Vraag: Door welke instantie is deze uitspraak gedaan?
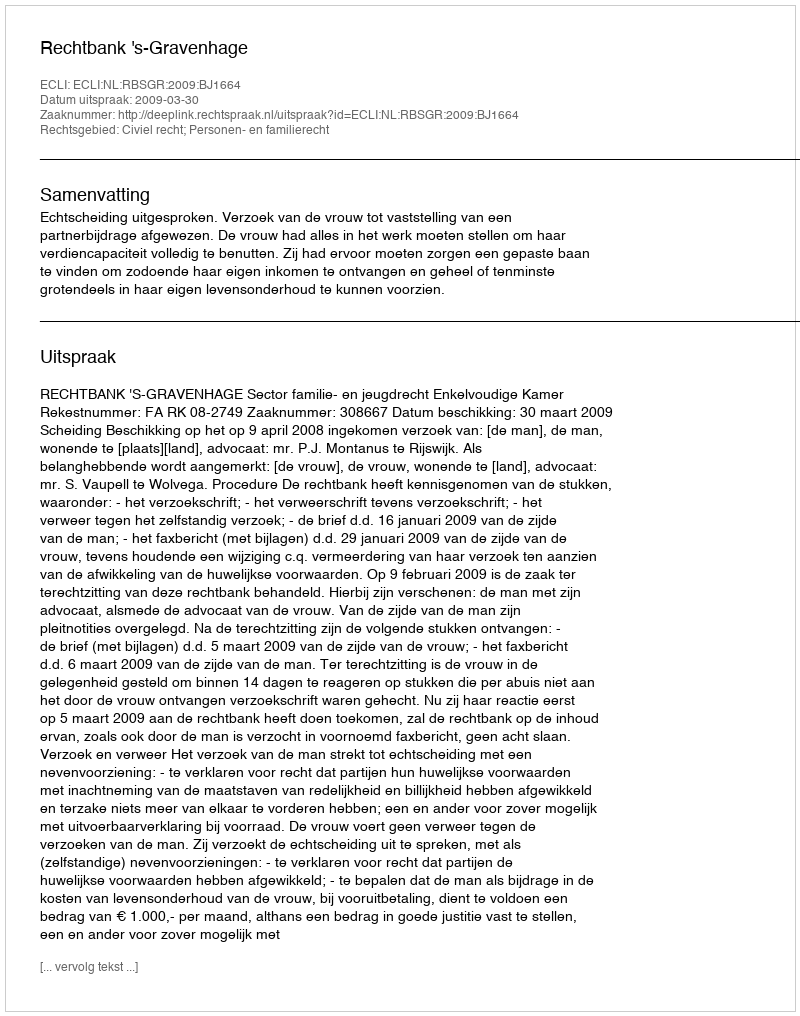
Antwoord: Rechtbank 's-Gravenhage